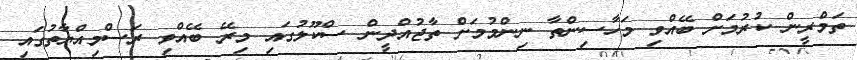
ތަމްރީން ކުރުމަށް ބޭއްވި މަހާސިންތާ ނިންމުމަށް ތާޖުއްދީން ސްކޫލުގައި މިރޭ ބޭއްވި ރަސްމިއްޔާތުގައި